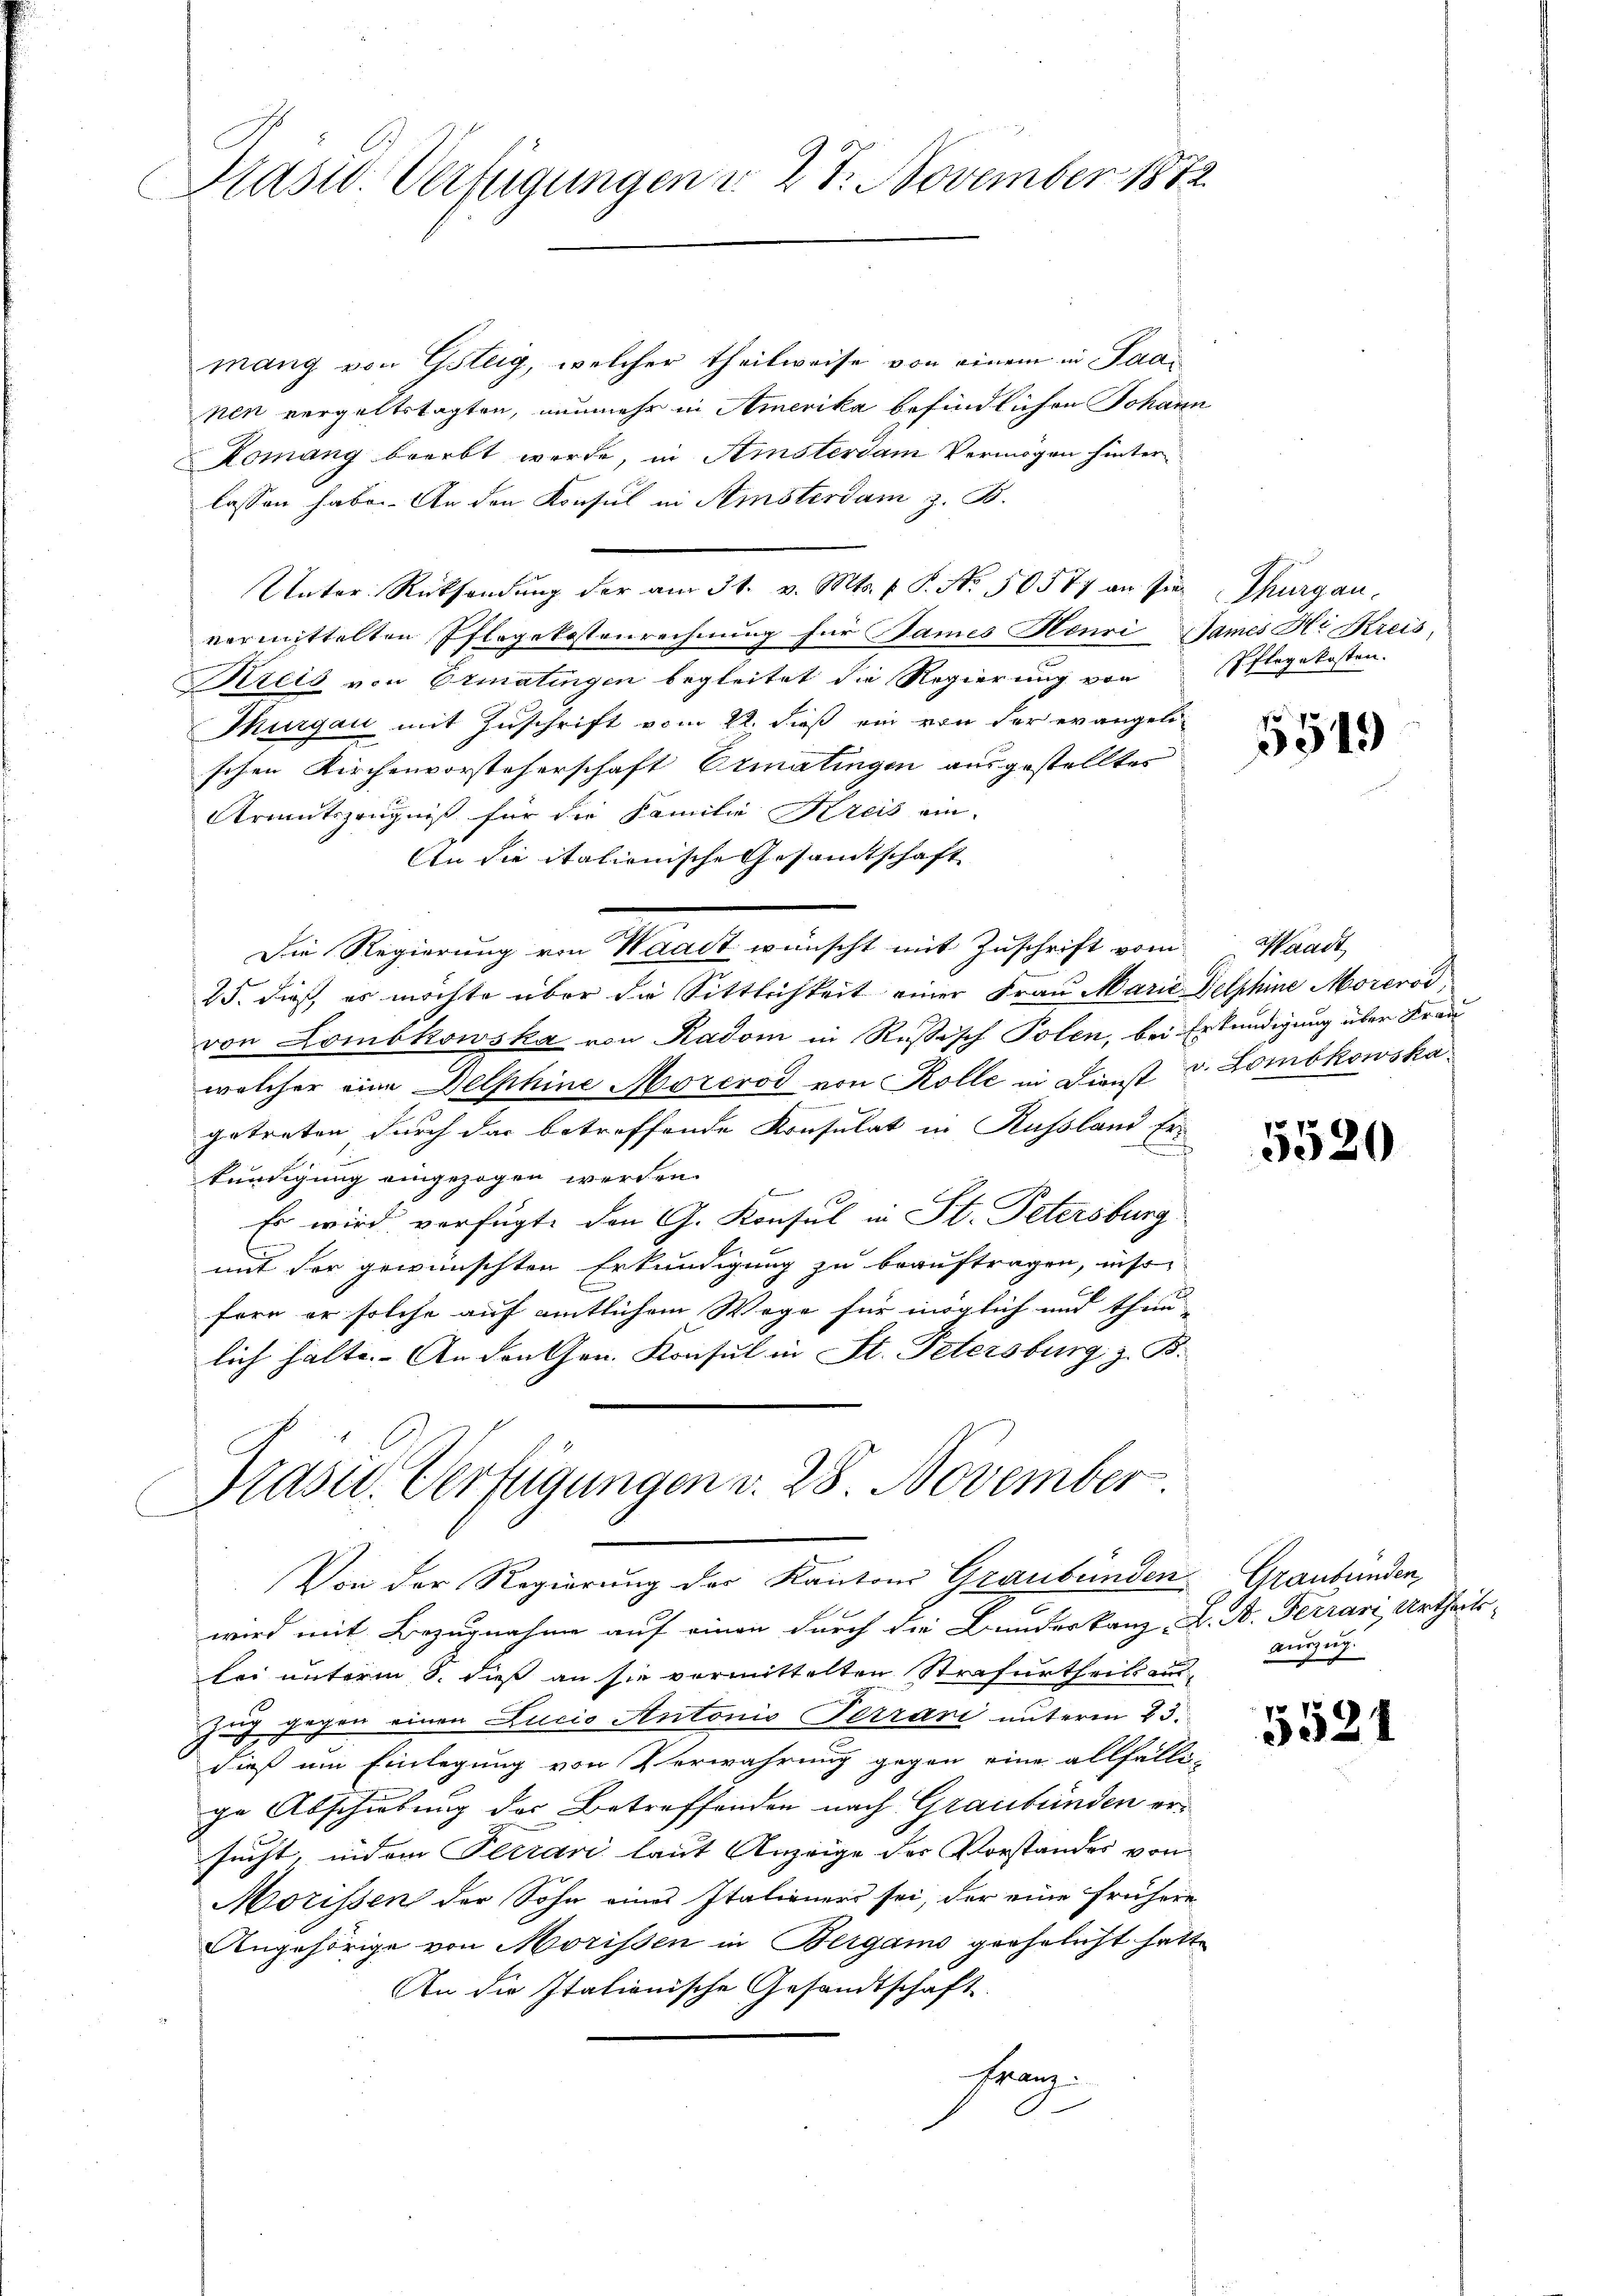
Pasid. Verfügungen d. 27. November 1872

mang von Gsteig, welcher theilweise von einem in Paanen vergeltstagten, nunmehr in Amerika befindlichen Johann
Komang beerbt werde, in Amsterdam Vermögen hinterlassen habe. An den Konsul in Amsterdam z. B.
Unter Rücksendŭng der am 31. v. Mts. f. P. No. 50577 an sie Thurgau,
vermittelten Iflogekostenrechnŭng für James Henri Games H: Kreis-
Kreis von Ermatingen begleitet die Regierung von Pflegekosten.
Thurgau mit Zuschrift vom 22. dieß ein von der evangeli-
schen Kirchenvorsteherschaft Ermatingen ausgestelltes
Armutszeugniß für die Familie Kreis ein
An die italienische Gesamtschaft
Die Regierung von Waadt wünscht mit Zuschrift vom Waadt,
25. dieß, es möchte über die Sittlichkeit einer Frau Marie Delphine Morcrod
von Lombkowska von Kadom in Russisch Polen, bei Erkundigung über Frau
welcher eine Delphine Morcrod von Kolle in Dienst v. Lombkowska
getreten durch das betreffende Konsulat in Russland Er-
kündigung eingezogen werden.
Es wird verfügt, den G. Konsul in St. Petersburg
mit der gewünschten Erkundigung zu beauftragen, insofern er solche auf amtlichem Wege für möglich und thun-
lich halte. An den Chen. Konsul in St. Petersburg z. B.

Prastl. Verfügungen v. 28. November.
Von der Regierung des Kantons Graubünden

wird mit Bezugnahme auf einen durch die Bundeskanz, L. A. Ferrari, Urtheilslei unterm 8. dieß an sie vermittelten Strafurtheils an¬
Zug gegen einen Lucio Antonio Terrari unterm 23.
dieß um Einlegung von Verwahrung gegen eine allfällige Abschiebung der Betreffenden nach Graubünden ersucht, indem Terrari laut Anzeige der Vorstandes von
Morissen der Sohn eines Italieners sei, der eine frühere
Angehörige von Morissen in Bergamo geehelicht hatte
An die Italienische Gesandtschaft
Franz.

5519

5520

Graubünden,
auszug.

5521